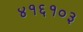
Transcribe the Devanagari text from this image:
४१६१०३